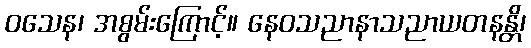
ဝသေန၊ အစွမ်းကြောင့်။ နေဝသညာနာသညာယတနန္တိ၊